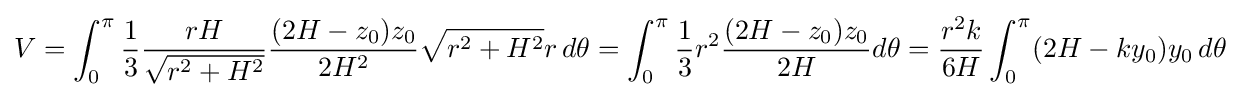
V=\int _{0}^{\pi }{1 \over 3}{rH \over {\sqrt {r^{2}+H^{2}}}}{(2H-z_{0})z_{0} \over 2H^{2}}{\sqrt {r^{2}+H^{2}}}r\,d\theta =\int _{0}^{\pi }{1 \over 3}r^{2}{(2H-z_{0})z_{0} \over 2H}d\theta ={r^{2}k \over 6H}\int _{0}^{\pi }(2H-ky_{0})y_{0}\,d\theta